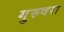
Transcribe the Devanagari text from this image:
गुरुवरा